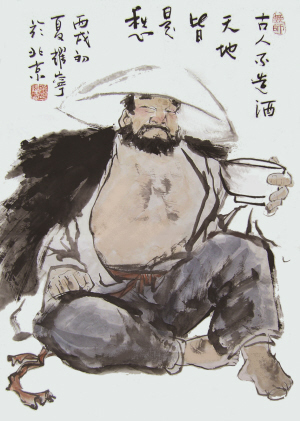
利人乎即为，不利人乎即止。